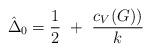
LaTeX: \begin{align*}\hat\Delta_0={1\over2}~+~{c_V(G))\over k}\end{align*}